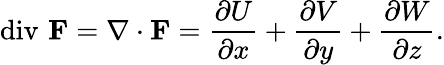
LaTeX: \operatorname{div}\, \mathbf{F}=\nabla\cdot\mathbf{F}={\frac{\partial U}{\partial x}}+{\frac{\partial V}{\partial y}}+{\frac{\partial W}{\partial z}}.